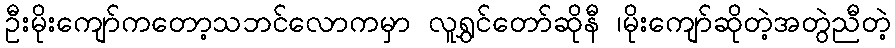
ဦးမိုးကျော်ကတော့သဘင်လောကမှာ လူရွှင်တော်ဆိုနီ ၊မိုးကျော်ဆိုတဲ့အတွဲညီတဲ့